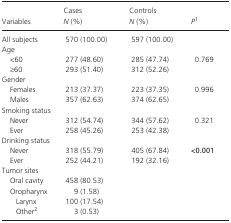
<table><thead><tr><td><b>Variables</b></td><td><b>Cases <i>N</i> (%)</b></td><td><b>Controls <i>N</i> (%)</b></td><td><b><i>P</i>a</b></td></tr></thead><tbody><tr><td>All subjects</td><td>570 (100.00)</td><td>597 (100.00)</td><td></td></tr><tr><td colspan="4">Age</td></tr><tr><td> &lt;60</td><td>277 (48.60)</td><td>285 (47.74)</td><td rowspan="2">0.769</td></tr><tr><td> ≥60</td><td>293 (51.40)</td><td>312 (52.26)</td></tr><tr><td colspan="4">Gender</td></tr><tr><td> Females</td><td>213 (37.37)</td><td>223 (37.35)</td><td rowspan="2">0.996</td></tr><tr><td> Males</td><td>357 (62.63)</td><td>374 (62.65)</td></tr><tr><td colspan="4">Smoking status</td></tr><tr><td> Never</td><td>312 (54.74)</td><td>344 (57.62)</td><td rowspan="2">0.321</td></tr><tr><td> Ever</td><td>258 (45.26)</td><td>253 (42.38)</td></tr><tr><td colspan="4">Drinking status</td></tr><tr><td> Never</td><td>318 (55.79)</td><td>405 (67.84)</td><td rowspan="2"><b>&lt;0.001</b></td></tr><tr><td> Ever</td><td>252 (44.21)</td><td>192 (32.16)</td></tr><tr><td colspan="4">Tumor sites</td></tr><tr><td> Oral cavity</td><td>458 (80.53)</td><td></td><td></td></tr><tr><td> Oropharynx</td><td>9 (1.58)</td><td></td><td></td></tr><tr><td> Larynx</td><td>100 (17.54)</td><td></td><td></td></tr><tr><td> Otherb</td><td>3 (0.53)</td><td></td><td></td></tr></tbody></table>